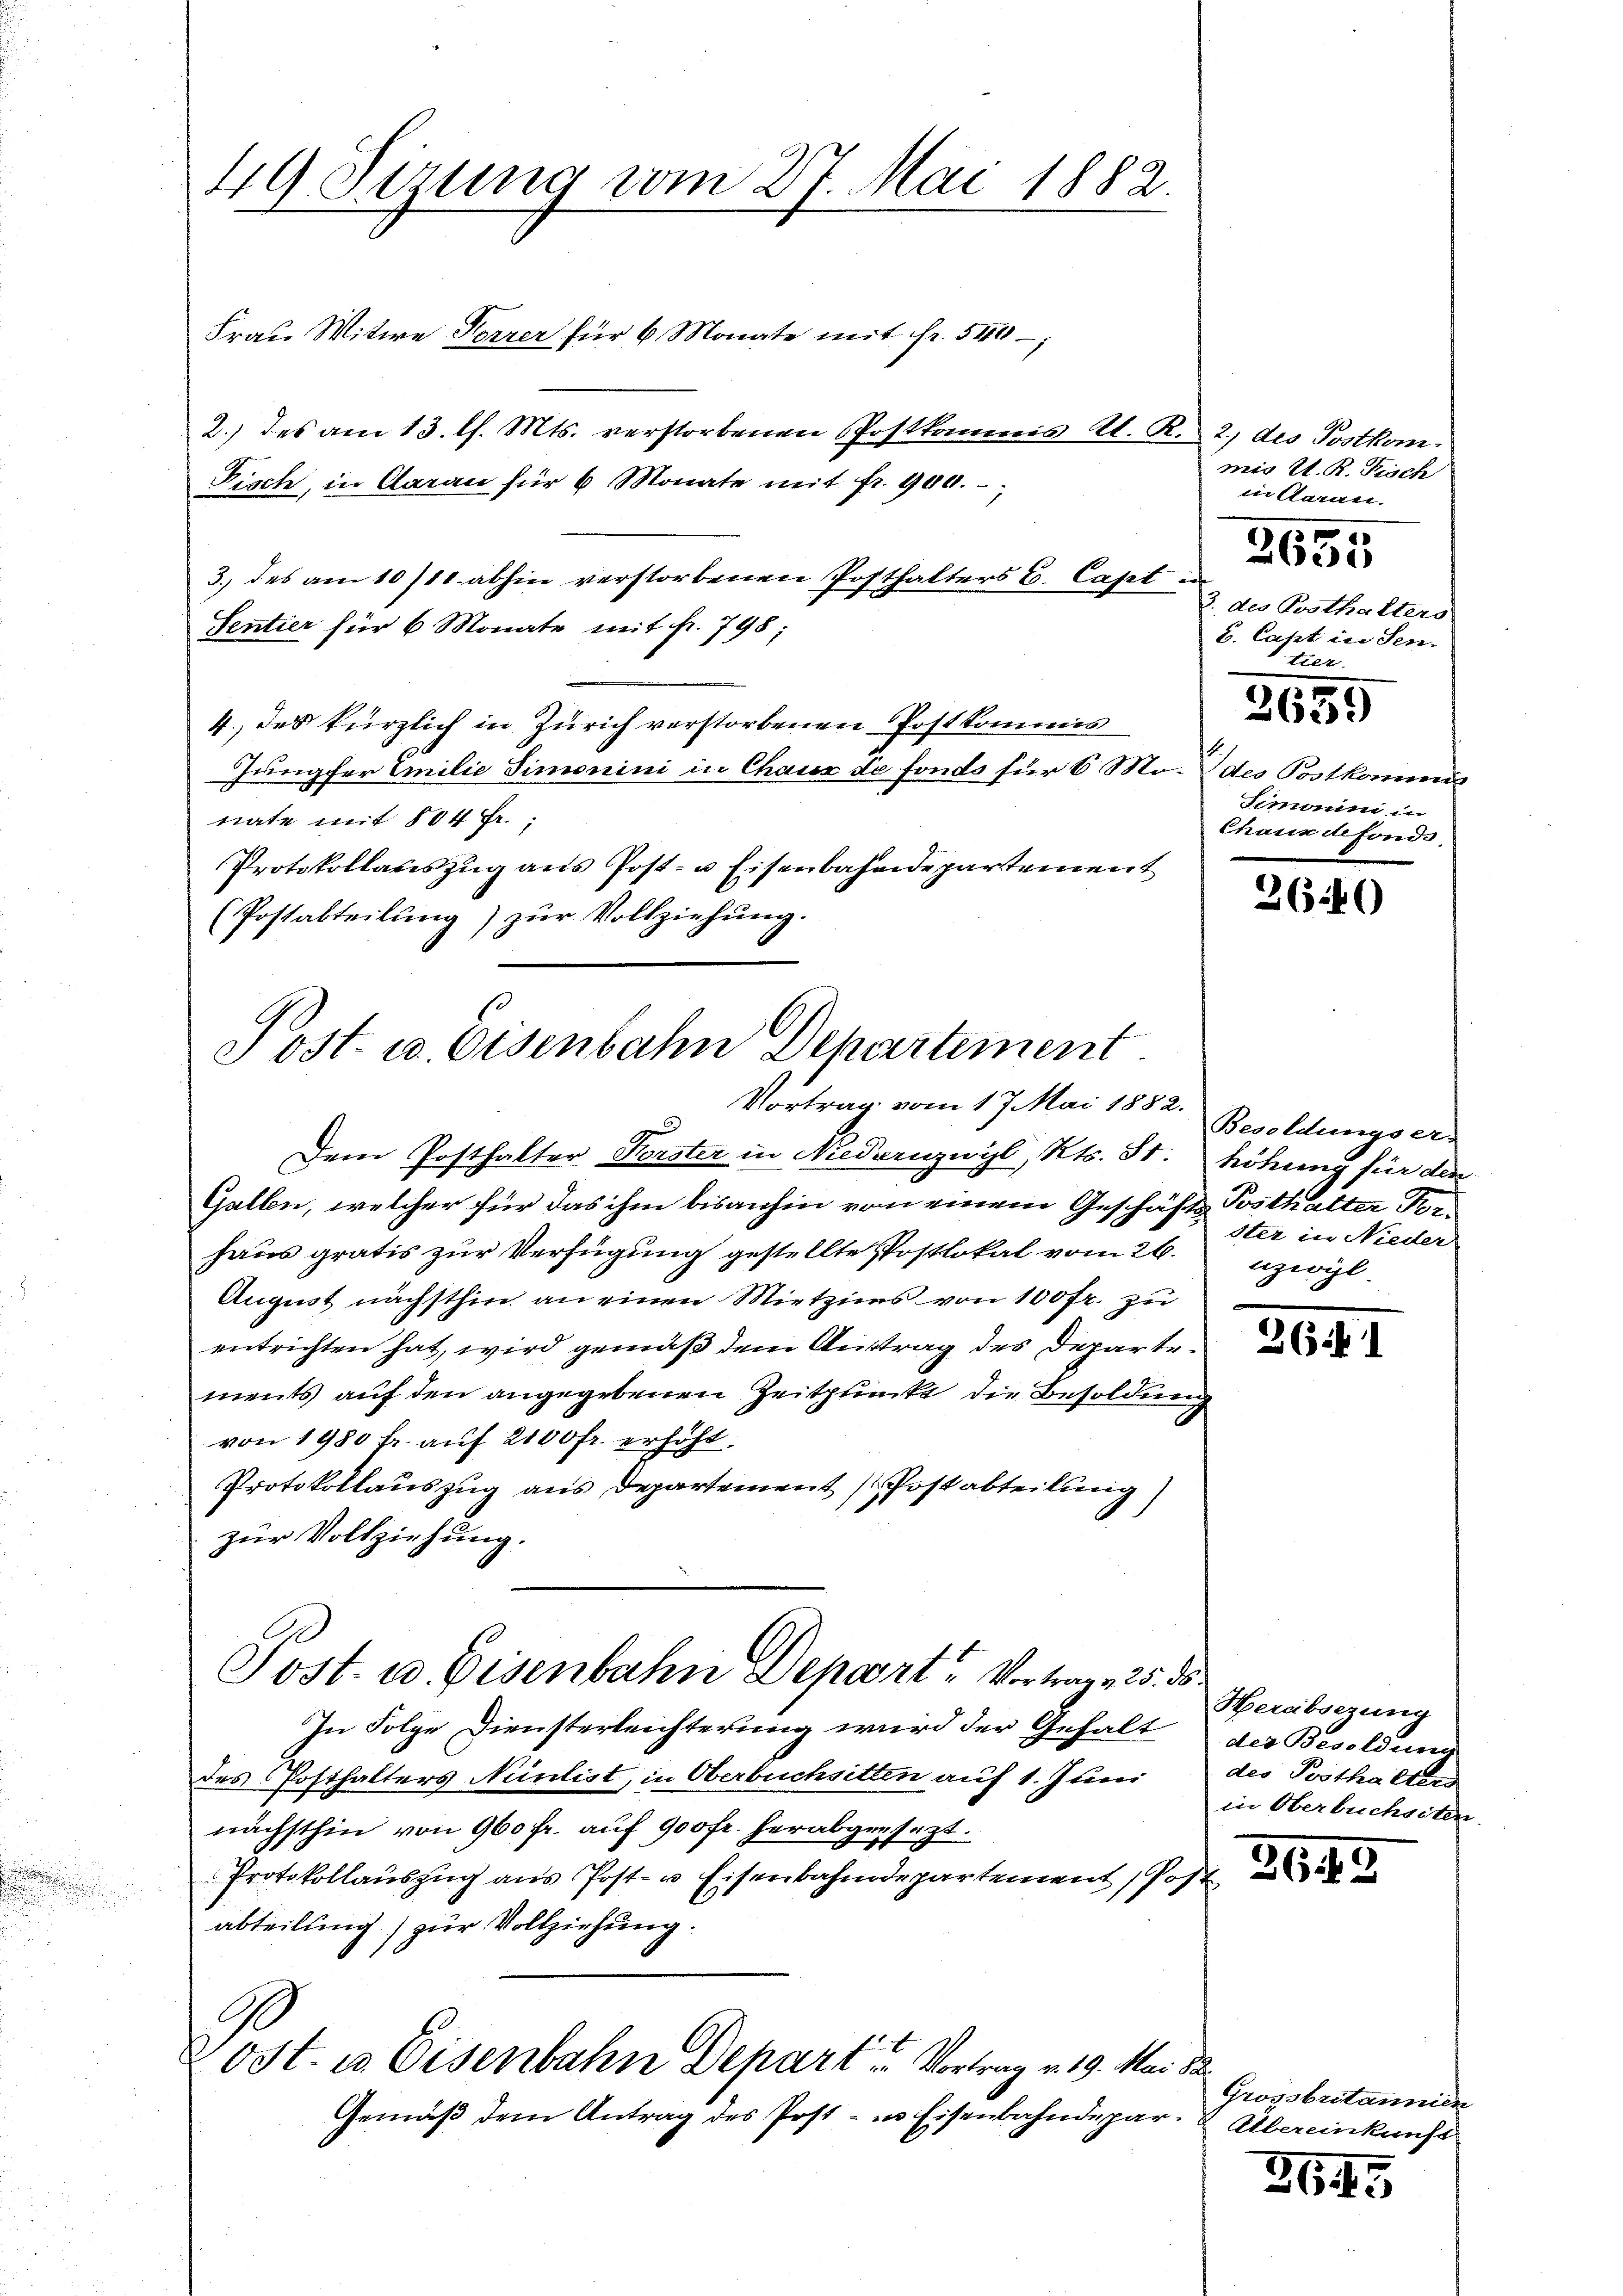
49 Sezung vom 27. Mai 1882.
Frau Witwe Forrer für 6 Monate mit fr. 540 –

4., des kürzlich in Zürich verstorbenen Postkommis
Jungfer Emilie Simonini in Chaux de fondo für 6 Monate mit 804 Fr.;
Protokollauszug aus Post- u Eisenbahndepartement
(Postabteilung) zur Vollziehung.

2.) des am 13. l. Mts. verstorbenen Postkommis el. A
Fisch, in Aarau für 6 Monate mit fr. 900.
3.) des am 10/11 abhin verstorbenen Posthalters E. Cast
Sentier für 6 Monate mit fr. 798;

Tost. u. Eisenbahn Departement
Vortrag vom 17. Mai 1882.
Dem Posthalter Forster in Niedernzwyl, Kts. St. höhung für den

Gemäß dem Antrag des Post- u. Eisenbahndepar. Übereinkunft

R. 2) des Prothem.
mio S. R. Fisch
in daran.

Gallen, welcher für das ihm bisanhin von einem Geschäfts Posthalter Ter
haus gratis zur Verfügung gestellte Postlokal vom 26.
August nächsthin an einen Mietzins von 100 fr. zu
entrichten hat, wird gemäß dem Auftrag des Departements auf den angegebenen Zeitpunkt die Besoldung
von 1980 Fr. auf 2100 fr. erhöht.
Protokollauszug aus Departement Postabteilung
zur Vollziehung.
Sost- u. Eisenbahn Depart Vortrag 25. ds.
In Folge Diensterleichterung wird der Gehalt
des Posthalters Nüntist, in Oberbuchsitten auf 1. Juni des Posthalters
nächsthin von 960 fr. auf 900 fr. herabgesezt.
Protokollaŭszŭg ans Post- u. Eisenbahndepartement, Post
abteilung) zur Vollziehung.
Post. u. Eisenbahn Depart. Vortrag v. 19. Mai 18

wäche
3. des Posthalters
B. Capt in Sen
tter
des Postkommis
Simonii in
Chaux de fonde

2635

3659

2640

Besoldungser-
ster in Nieder
nzwyl.

26. 1

Herabsezung
des Besoldung
in Oberbuchseten.

Grossbritannien

2649